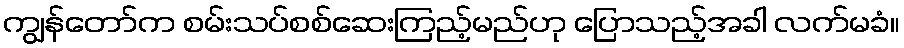
ကျွန်တော်က စမ်းသပ်စစ်ဆေးကြည့်မည်ဟု ပြောသည့်အခါ လက်မခံ။